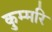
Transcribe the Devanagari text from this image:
कुम्मरि